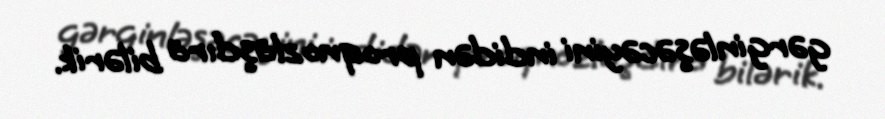
gərginləşəcəyini indidən proqnozlaşdıra bilərik.